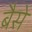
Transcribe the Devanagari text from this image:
बैसे